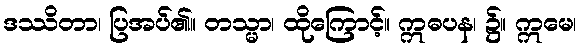
ဒဿိတာ၊ ပြအပ်၏။ တသ္မာ၊ ထိုကြောင့်။ ဣဓပန၊ ၌။ ဣမေ၊